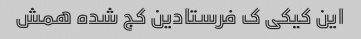
این کیکی ک فرستادین کج شده همش